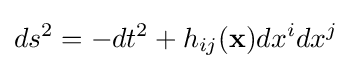
ds^{2}=-dt^{2}+h_{ij}({\mathbf {x} })dx^{i}dx^{j}